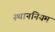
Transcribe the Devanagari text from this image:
स्थाननियम